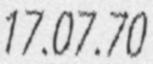
17.07.70